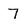
Character: 7